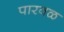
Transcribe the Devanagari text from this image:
पारवळ